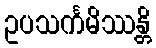
ဥပသင်္ကမိဿန္တိ